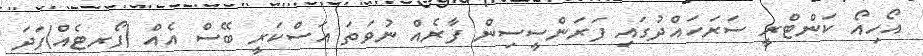
އޯހިއޯ ކަންޓްރީ ސަރަހައްދުގައި ފަރަންސީސިން ފާރެއް ނުވަތަ އަސްކަރީ ބޭސް އެއް (ފޯރޓެއް)ފަދަ